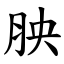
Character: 胦